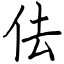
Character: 佉